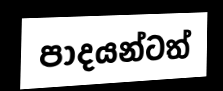
පාදයන්ටත්